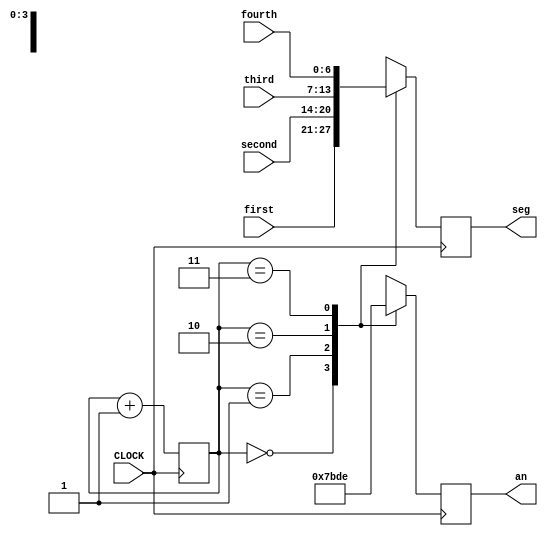
`timescale 1ns / 1ps
//////////////////////////////////////////////////////////////////////////////////
// Company: 
// Engineer: 
// 
// Design Name: 
// Module Name: segmentdisplay
// Project Name: 
// Target Devices: 
// Tool Versions: 
// Description: 
// 
// Dependencies: 
// 
// Revision:
// Revision 0.01 - File Created
// Additional Comments:
// 
//////////////////////////////////////////////////////////////////////////////////


module segmentdisplay(input CLOCK, input [6:0]first, second, third, fourth, output reg [3:0]an, output reg [6:0]seg

    );
    reg [1:0] count = 2'b0;
    
    always @ (posedge CLOCK) begin
            count <= count + 1;
            case (count)
                2'b00: begin
                    an <= 4'b0111;
                    seg <= first;
                    end
                2'b01: begin
                    an <= 4'b1011;
                    seg <= second;
                    end
                2'b10: begin
                    an <= 4'b1101;
                    seg <= third;
                    end
                2'b11: begin
                    an <= 4'b1110;
                    seg <= fourth;
                    end 
            endcase
        end
endmodule